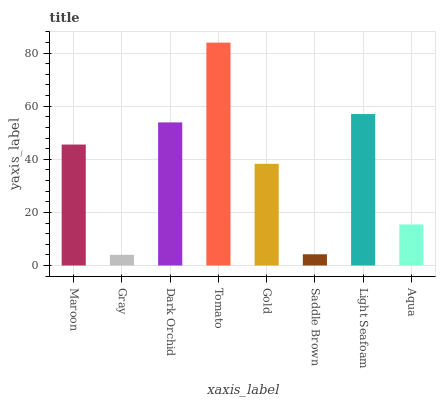
| xaxis_label | bars |
 | --- | --- |
 | Maroon | 45.6 |
 | Gray | 4.03 |
 | Dark Orchid | 53.9 |
 | Tomato | 83.9 |
 | Gold | 38.3 |
 | Saddle Brown | 4.23 |
 | Light Seafoam | 57 |
 | Aqua | 15.5 |